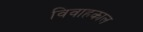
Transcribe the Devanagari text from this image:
विवाहकाल